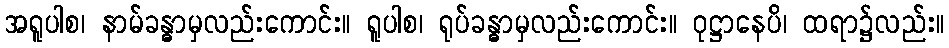
အရူပါစ၊ နာမ်ခန္ဓာမှလည်းကောင်း။ ရူပါစ၊ ရုပ်ခန္ဓာမှလည်းကောင်း။ ဝုဋ္ဌာနေပိ၊ ထရာ၌လည်း။